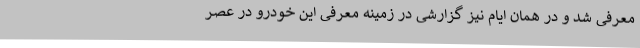
معرفی شد و در همان ایام نیز گزارشی در زمینه معرفی این خودرو در عصر